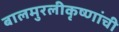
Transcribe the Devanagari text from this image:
बालमुरलीकृष्णांची